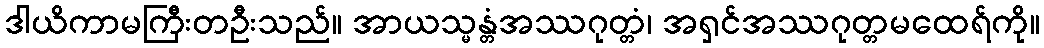
ဒါယိကာမကြီးတဦးသည်။ အာယသ္မန္တံအဿဂုတ္တံ၊ အရှင်အဿဂုတ္တမထေရ်ကို။